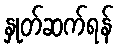
နှုတ်ဆက်ရန်